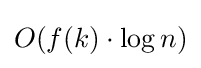
O(f(k)\cdot \log n)